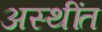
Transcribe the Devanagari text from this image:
अस्थींत